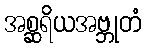
အစ္ဆရိယအဗ္ဘုတံ